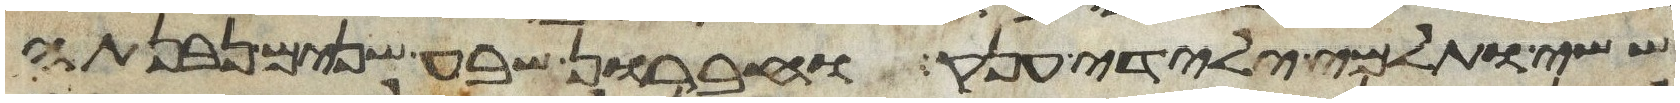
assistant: ששי ותלמי ילידי ענק וחברון שבע שנים נבנתה